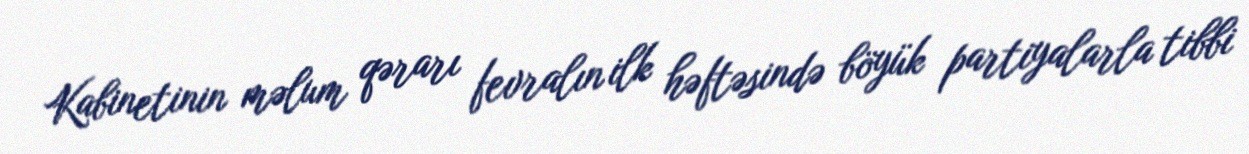
Kabinetinin məlum qərarı fevralın ilk həftəsində böyük partiyalarla tibbi